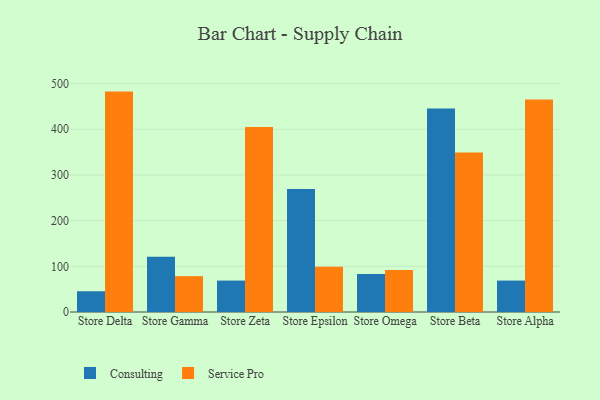
{"axis": {"x": "Store", "y": "Backlog"}, "legend": ["Consulting", "Service Pro"], "data": [{"x": "Store Delta", "y": 45.4, "type": "Consulting"}, {"x": "Store Delta", "y": 482.5, "type": "Service Pro"}, {"x": "Store Gamma", "y": 121.1, "type": "Consulting"}, {"x": "Store Gamma", "y": 78.5, "type": "Service Pro"}, {"x": "Store Zeta", "y": 68.8, "type": "Consulting"}, {"x": "Store Zeta", "y": 405.2, "type": "Service Pro"}, {"x": "Store Epsilon", "y": 269.0, "type": "Consulting"}, {"x": "Store Epsilon", "y": 98.9, "type": "Service Pro"}, {"x": "Store Omega", "y": 83.4, "type": "Consulting"}, {"x": "Store Omega", "y": 92.1, "type": "Service Pro"}, {"x": "Store Beta", "y": 445.5, "type": "Consulting"}, {"x": "Store Beta", "y": 349.3, "type": "Service Pro"}, {"x": "Store Alpha", "y": 68.8, "type": "Consulting"}, {"x": "Store Alpha", "y": 465.1, "type": "Service Pro"}]}